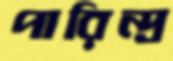
পারিন্দ্র